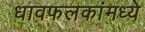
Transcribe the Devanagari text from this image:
धावफलकांमध्ये